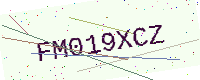
Text: FM019XCZ